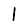
Digit: 1